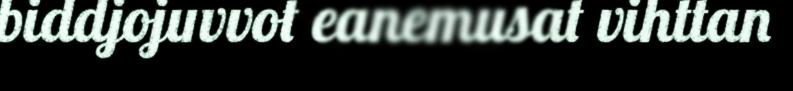
biddjojuvvot eanemusat vihttan